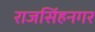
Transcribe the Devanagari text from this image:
राजसिंहनगर